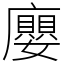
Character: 廮